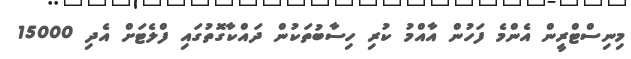
މިނިސްޓްރީން އެންމެ ފަހުން އާއްމު ކުރި ހިސާބުތަކުން ދައްކާގޮތުގައި ފްލެޓަށް އެދި 15000